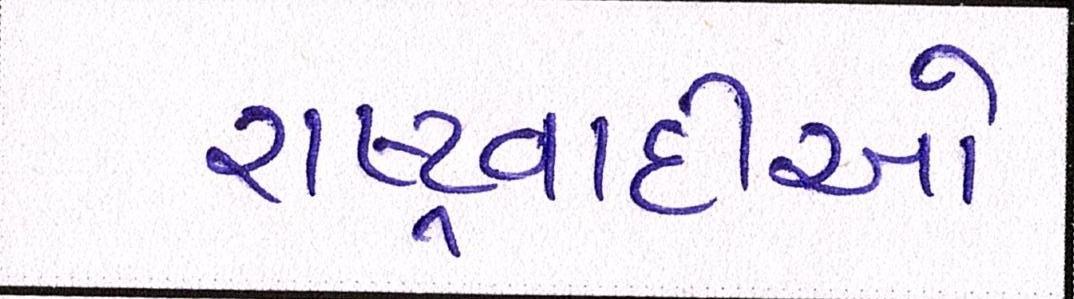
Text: રાષ્ટ્રવાદીઓ